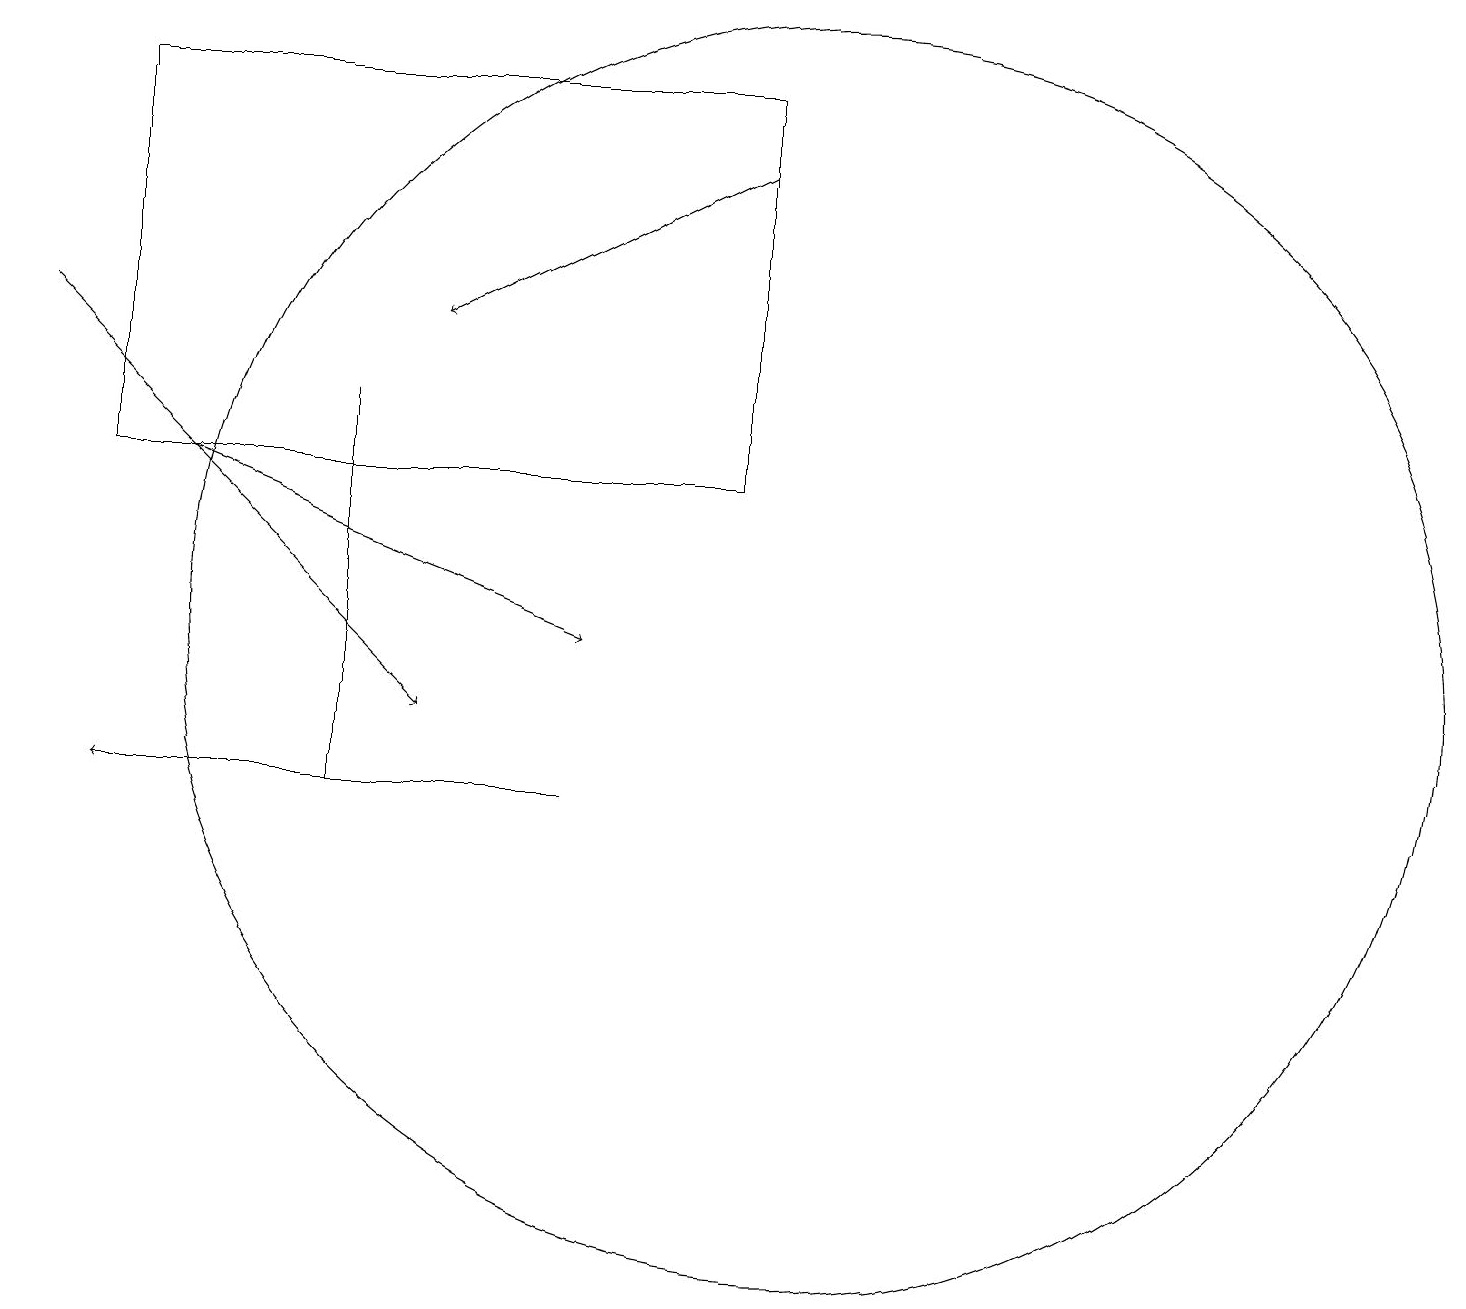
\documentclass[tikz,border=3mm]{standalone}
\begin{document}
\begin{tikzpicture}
\draw[->] (0,16) -- (5,11);
\draw[->] (7,10) -- (1,10);
\draw[->] (2,14) -- (7,12);
\draw[->] (9,18) -- (5,16);
\draw (4,10) rectangle (4,15);
\draw (10,12) circle (8);
\draw (9,14) rectangle (1,19);
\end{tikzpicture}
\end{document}